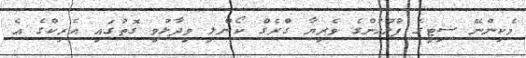
މެކިންނޭ ސިޓީގެ ފުލުހުންގެ ވެރިޔާ ގްރެގް ކޯންލީ ވިދާޅުވި ގޮތުގައި އެރިކްގެ އެ